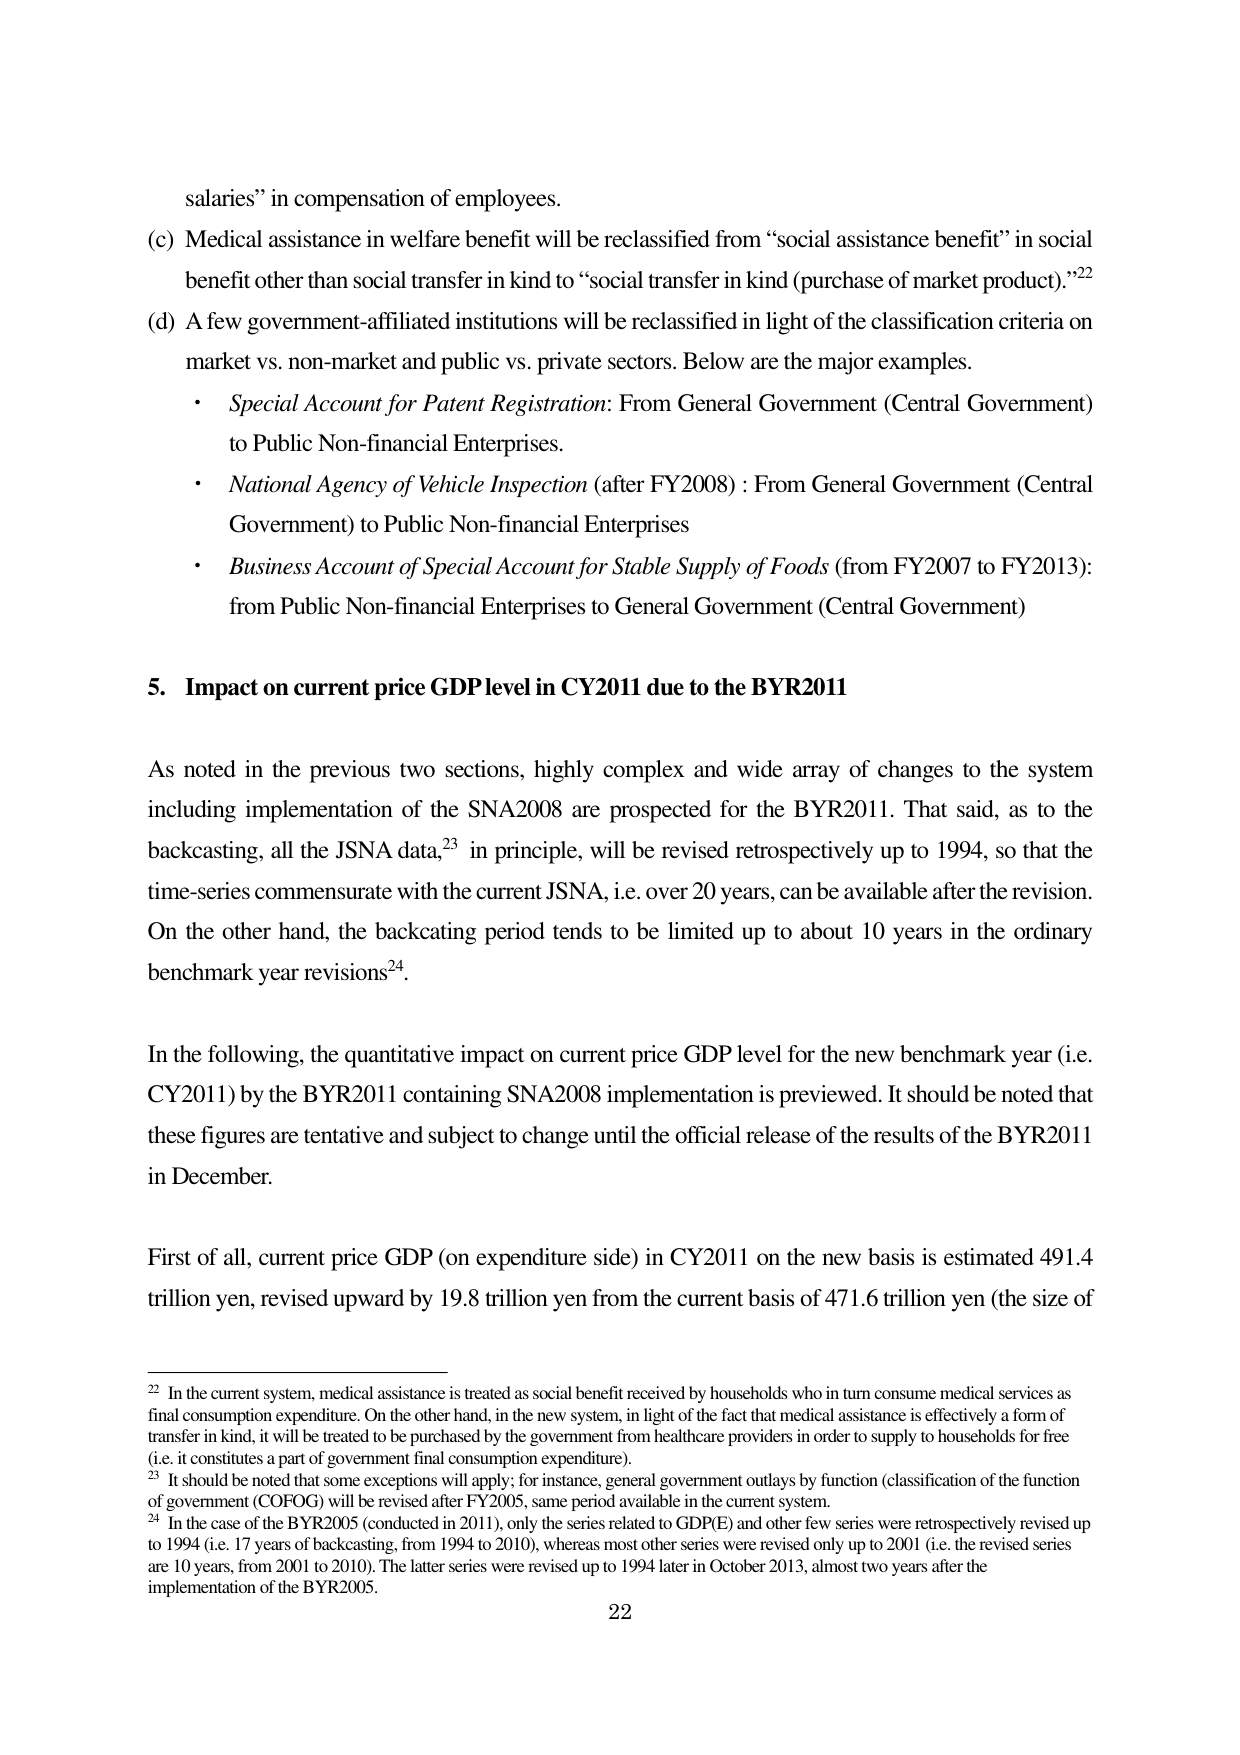
salaries” in compensation of employees.

(c) Medical assistance in welfare benefit will be reclassified from “social assistance benefit” in social benefit other than social transfer in kind to “social transfer in kind (purchase of market product).”²²

(d) A few government-affiliated institutions will be reclassified in light of the classification criteria on market vs. non-market and public vs. private sectors. Below are the major examples.

• Special Account for Patent Registration: From General Government (Central Government) to Public Non-financial Enterprises.

• National Agency of Vehicle Inspection (after FY2008): From General Government (Central Government) to Public Non-financial Enterprises

• Business Account of Special Account for Stable Supply of Foods (from FY2007 to FY2013): from Public Non-financial Enterprises to General Government (Central Government)

5. Impact on current price GDP level in CY2011 due to the BYR2011

As noted in the previous two sections, highly complex and wide array of changes to the system including implementation of the SNA2008 are prospected for the BYR2011. That said, as to the backcasting, all the JSNA data,²³ in principle, will be revised retrospectively up to 1994, so that the time-series commensurate with the current JSNA, i.e. over 20 years, can be available after the revision. On the other hand, the backcasting period tends to be limited up to about 10 years in the ordinary benchmark year revisions²⁴.

In the following, the quantitative impact on current price GDP level for the new benchmark year (i.e. CY2011) by the BYR2011 containing SNA2008 implementation is previewed. It should be noted that these figures are tentative and subject to change until the official release of the results of the BYR2011 in December.

First of all, current price GDP (on expenditure side) in CY2011 on the new basis is estimated 491.4 trillion yen, revised upward by 19.8 trillion yen from the current basis of 471.6 trillion yen (the size of

²² In the current system, medical assistance is treated as social benefit received by households who in turn consume medical services as final consumption expenditure. On the other hand, in the new system, in light of the fact that medical assistance is effectively a form of transfer in kind, it will be treated to be purchased by the government from healthcare providers in order to supply to households for free (i.e. it constitutes a part of government final consumption expenditure).

²³ It should be noted that some exceptions will apply; for instance, general government outlays by function (classification of the function of government (COFOG)) will be revised after FY2005, same period available in the current system.

²⁴ In the case of the BYR2005 (conducted in 2011), only the series related to GDP(E) and other few series were retrospectively revised up to 1994 (i.e. 17 years of backcasting, from 1994 to 2010), whereas most other series were revised only up to 2001 (i.e. the revised series are 10 years, from 2001 to 2010). The latter series were revised up to 1994 later in October 2013, almost two years after the implementation of the BYR2005.

22